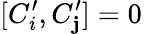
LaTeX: [C_{i}^{\prime},C_{\mathbf{j}}^{\prime}]=0\,